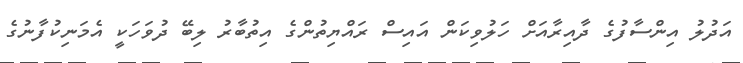
އަދުލު އިންސާފުގެ ދާއިރާއަށް ހަލުވިކަން އައިސް ރައްޔިތުންގެ އިތުބާރު ލިބޭ ދުވަހަކީ އެމަނިކުފާނުގެ